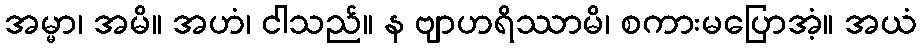
အမ္မာ၊ အမိ။ အဟံ၊ ငါသည်။ န ဗျာဟရိဿာမိ၊ စကားမပြောအံ့။ အယံ